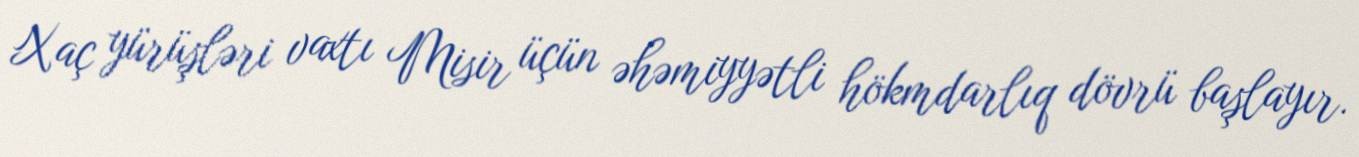
Xaç yürüşləri vaxtı Misir üçün əhəmiyyətli hökmdarlıq dövrü başlayır.